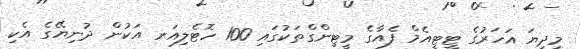
މިދިޔަ އަހަރުގެ ޓީޓީއެމް ފެއާގެ މީޓިންގްތަކުގައި 100 ހޮޓެލިއަރ އަކުން ދުނިޔޭގެ އެކި